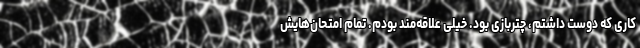
کاری که دوست داشتم، چتربازی بود. خیلی علاقه‌مند بودم. تمام امتحان‌هایش